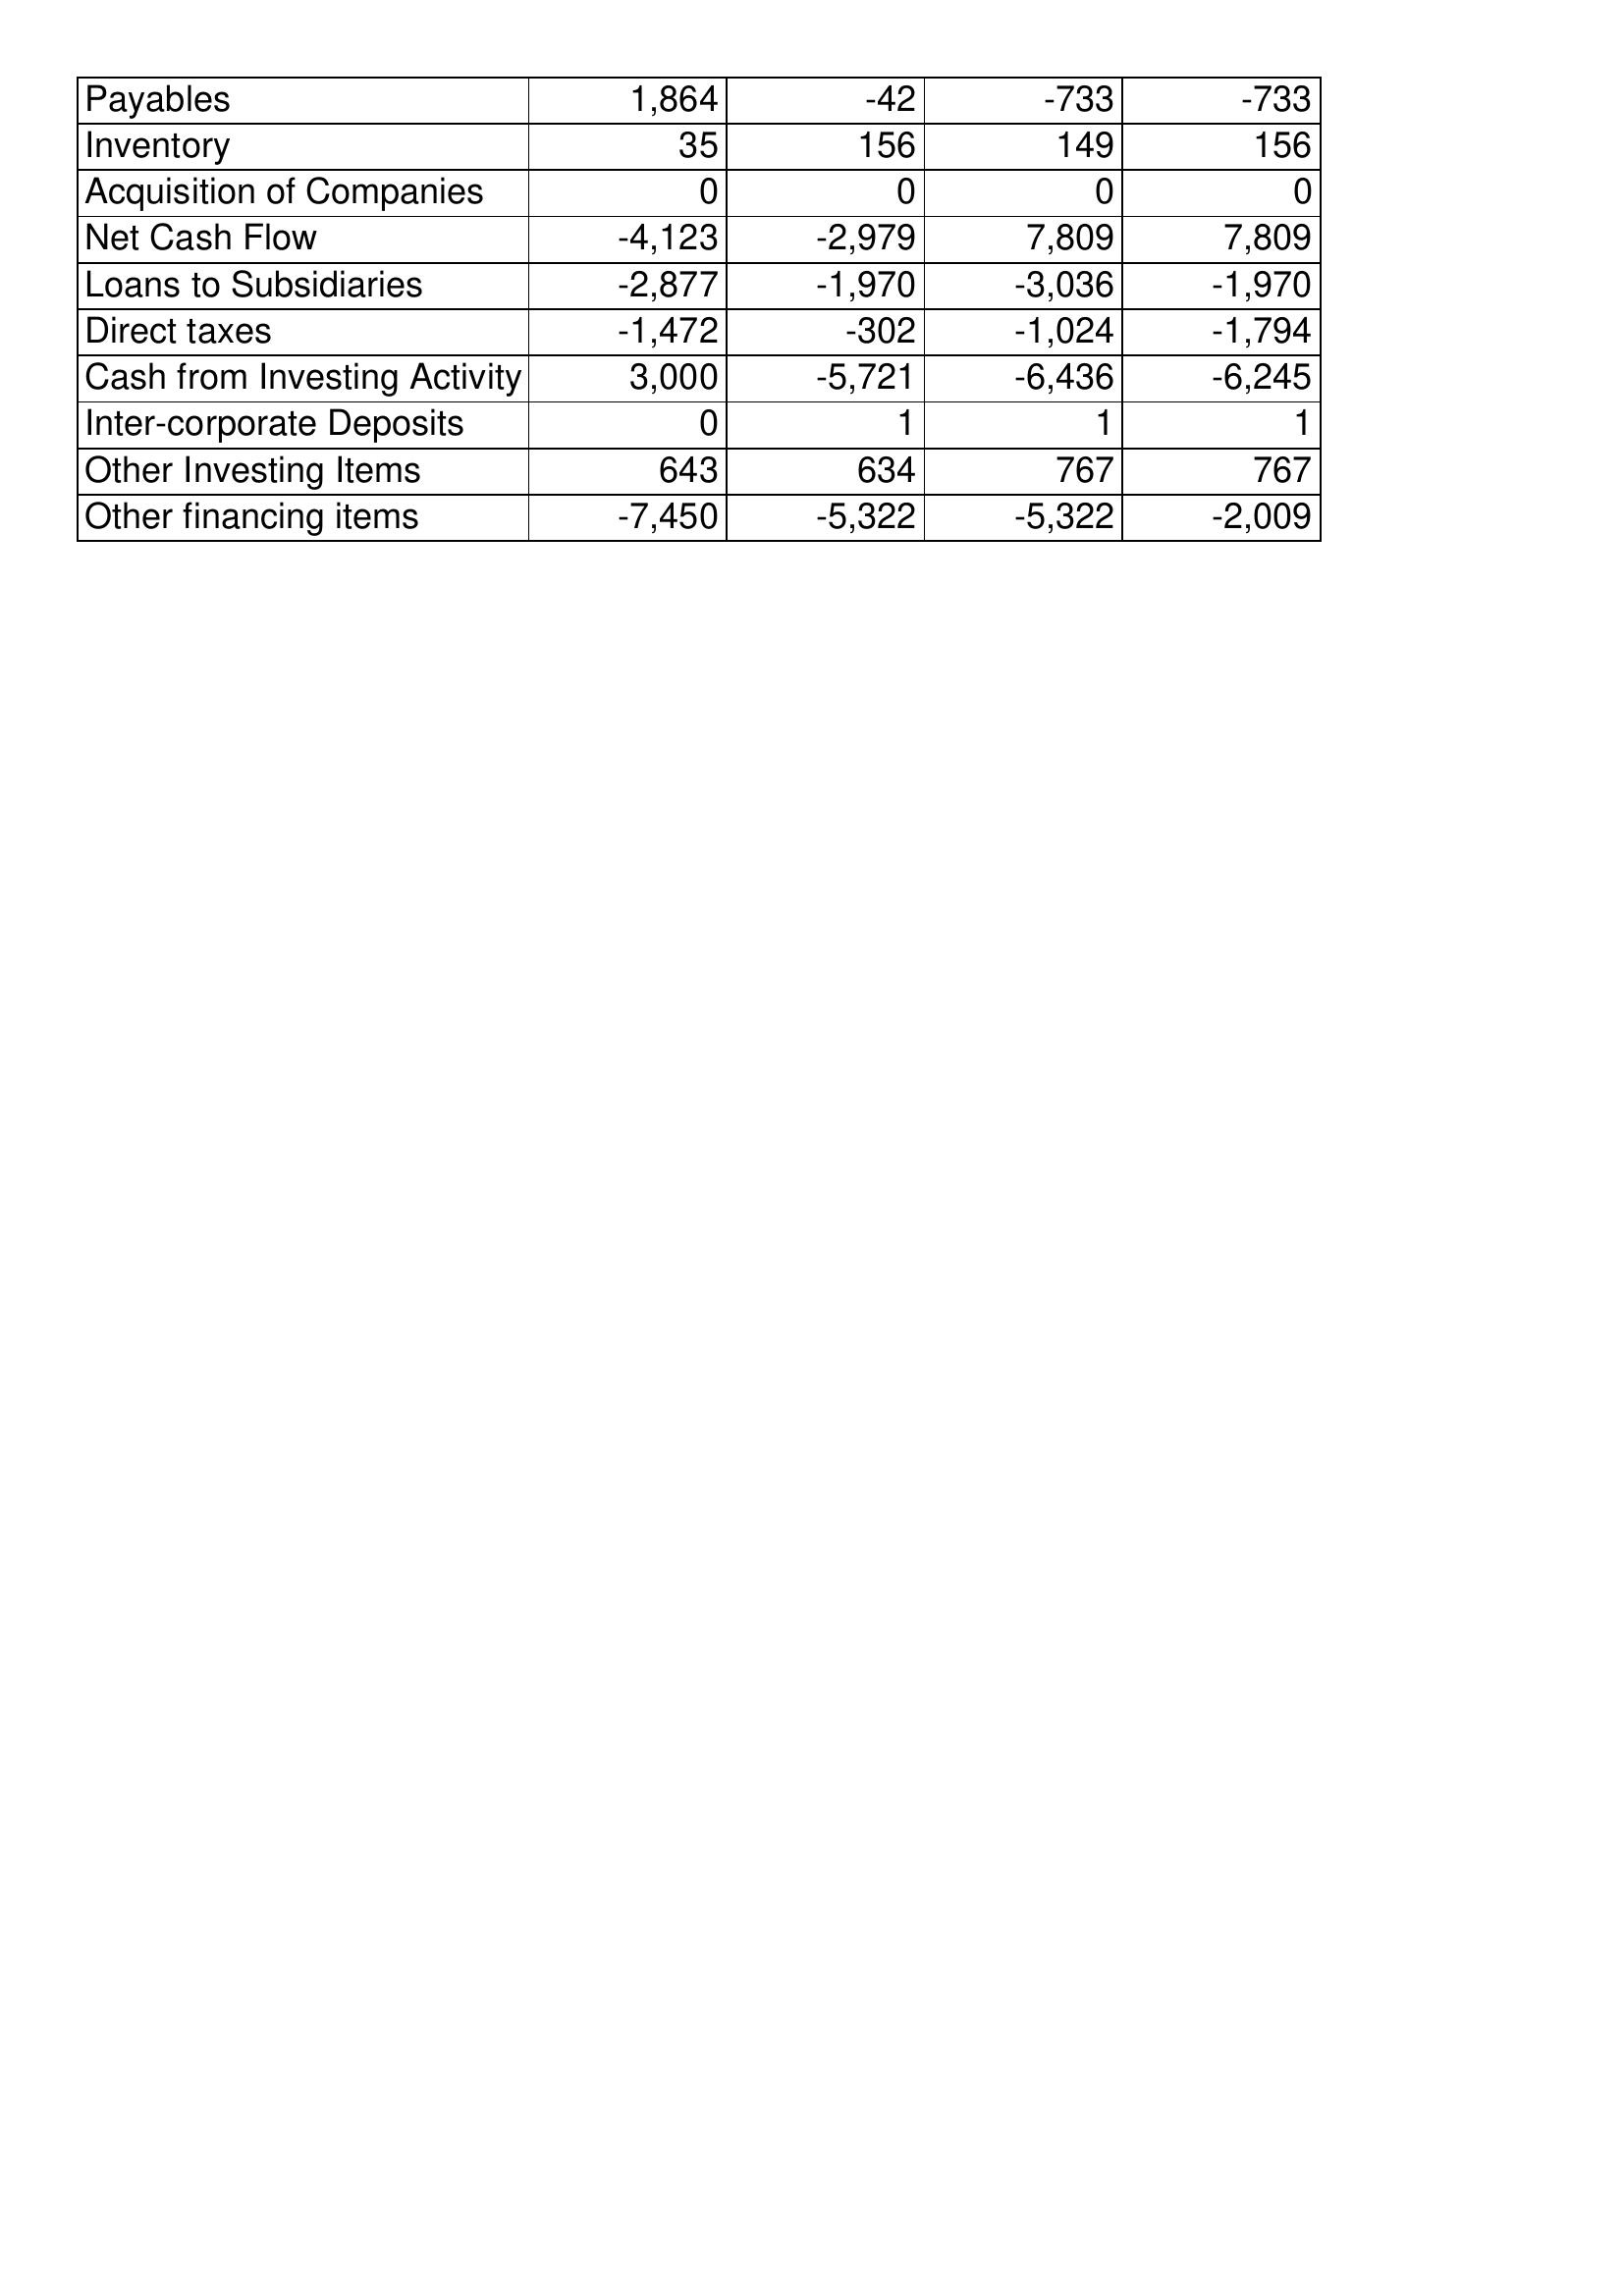
May-06: Cash Flows: Payables: 1,864
Inventory: 35
Acquisition of Companies: 0
Net Cash Flow: -4,123
Loans to Subsidiaries: -2,877
Direct taxes: -1,472
Cash from Investing Activity: 3,000
Inter-corporate Deposits: 0
Other Investing Items: 643
Other financing items: -7,450
May-05: Cash Flows: Payables: -42
Inventory: 156
Acquisition of Companies: 0
Net Cash Flow: -2,979
Loans to Subsidiaries: -1,970
Direct taxes: -302
Cash from Investing Activity: -5,721
Inter-corporate Deposits: 1
Other Investing Items: 634
Other financing items: -5,322
May-04: Cash Flows: Payables: -733
Inventory: 149
Acquisition of Companies: 0
Net Cash Flow: 7,809
Loans to Subsidiaries: -3,036
Direct taxes: -1,024
Cash from Investing Activity: -6,436
Inter-corporate Deposits: 1
Other Investing Items: 767
Other financing items: -5,322
May-03: Cash Flows: Payables: -733
Inventory: 156
Acquisition of Companies: 0
Net Cash Flow: 7,809
Loans to Subsidiaries: -1,970
Direct taxes: -1,794
Cash from Investing Activity: -6,245
Inter-corporate Deposits: 1
Other Investing Items: 767
Other financing items: -2,009